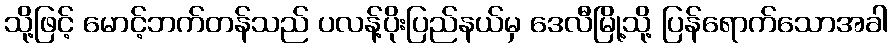
သို့ဖြင့် မောင့်ဘက်တန်သည် ပလန့်ပိုးပြည်နယ်မှ ဒေလီမြို့သို့ ပြန်ရောက်သောအခါ